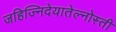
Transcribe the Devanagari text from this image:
जहिज्निदेयातेल्नोस्ती